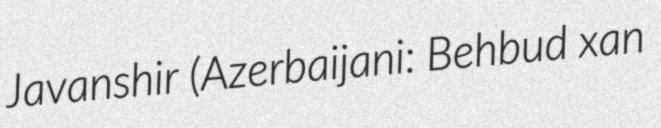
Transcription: Javanshir (Azerbaijani: Behbud xan